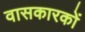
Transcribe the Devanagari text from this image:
वासकारकों